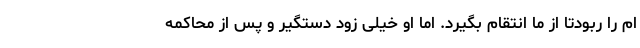
ام را ربودتا از ما انتقام بگیرد. اما او خیلی زود دستگیر و پس از محاکمه